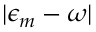
| \epsilon _ { m } - \omega |